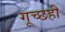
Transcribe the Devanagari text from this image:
गूच्छही